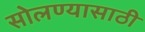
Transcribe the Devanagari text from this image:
सोलण्यासाठी